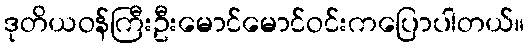
ဒုတိယဝန်ကြီးဦးမောင်မောင်ဝင်းကပြောပါတယ်။